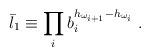
LaTeX: \begin{align*} \bar l_1 \equiv \prod_i b_i^{h_{\omega_{i+1}}-h_{\omega_{i}}} \;.\end{align*}